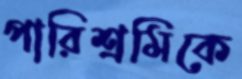
পারিশ্রমিকে